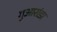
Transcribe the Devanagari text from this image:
गुआरांडा